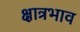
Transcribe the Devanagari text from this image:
क्षात्रभाव